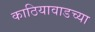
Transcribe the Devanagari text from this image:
काठियावाडच्या